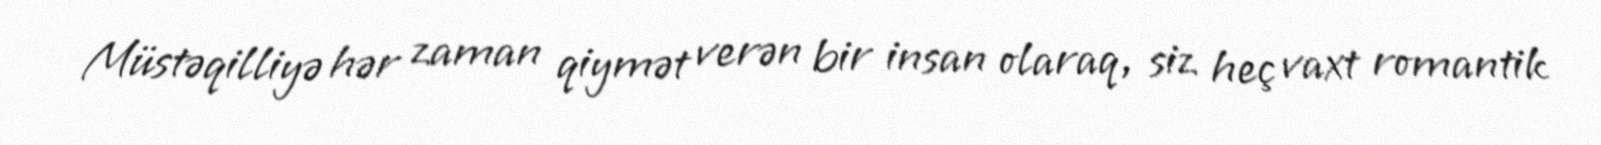
Müstəqilliyə hər zaman qiymət verən bir insan olaraq, siz heç vaxt romantik